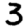
Digit: 3